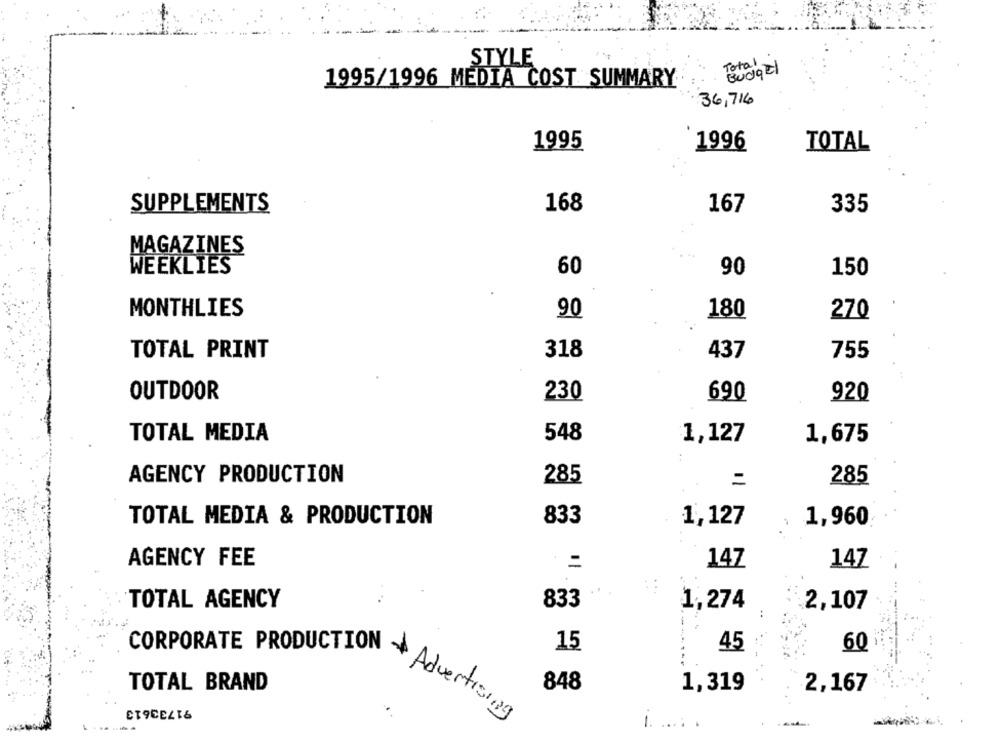
STYLE
Budget
1995/1996 MEDIA COST SUMMARY
36,716
1995
1996
TOTAL
SUPPLEMENTS
167
168
335
MAGAZINES
WEEKLIES
60
90
150
MONTHLIES
90
180
270
TOTAL PRINT
318
437
755
OUTDOOR
230
690
920
TOTAL MEDIA
548
1,127
1,675
AGENCY PRODUCTION
285
=
285
833
TOTAL MEDIA & PRODUCTION
1,127
1,960
AGENCY FEE
147
147
TOTAL AGENCY
833
1,274
2,107
CORPORATE PRODUCTION
15
45
60
TOTAL BRAND
848
1,319
2,167
ET9CELIS
Advertising
-